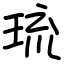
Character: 琉